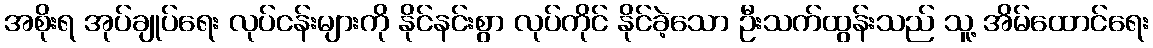
အစိုးရ အုပ်ချုပ်ရေး လုပ်ငန်းများကို နိုင်နင်းစွာ လုပ်ကိုင် နိုင်ခဲ့သော ဦးသက်ထွန်းသည် သူ့ အိမ်ထောင်ရေး